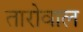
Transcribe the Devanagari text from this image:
तारोवाल